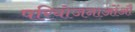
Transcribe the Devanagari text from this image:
परियोजनाओंऔ